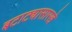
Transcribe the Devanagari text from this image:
बटाट्यासारखे